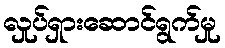
လှုပ်ရှားဆောင်ရွက်မှု